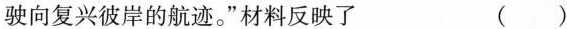
驶向复兴彼岸的航迹。”材料反映了 ( )